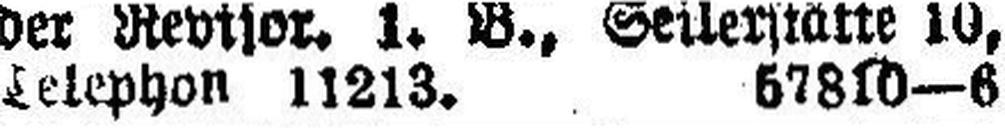
Telephon 11213. 57810—6